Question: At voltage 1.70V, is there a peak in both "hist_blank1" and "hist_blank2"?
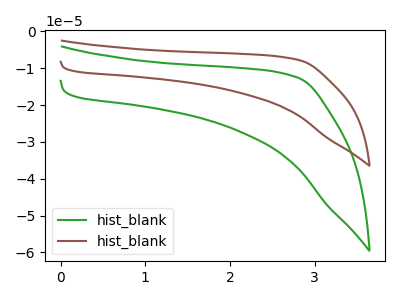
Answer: <think>The green curve "hist_blank1" has no peaks. The brown curve "hist_blank2" has no peaks.</think>
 <answer>No, "hist_blank1" and "hist_blank2" dont share a peak at 1.70V.</answer>
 <eval>mismatch</eval>